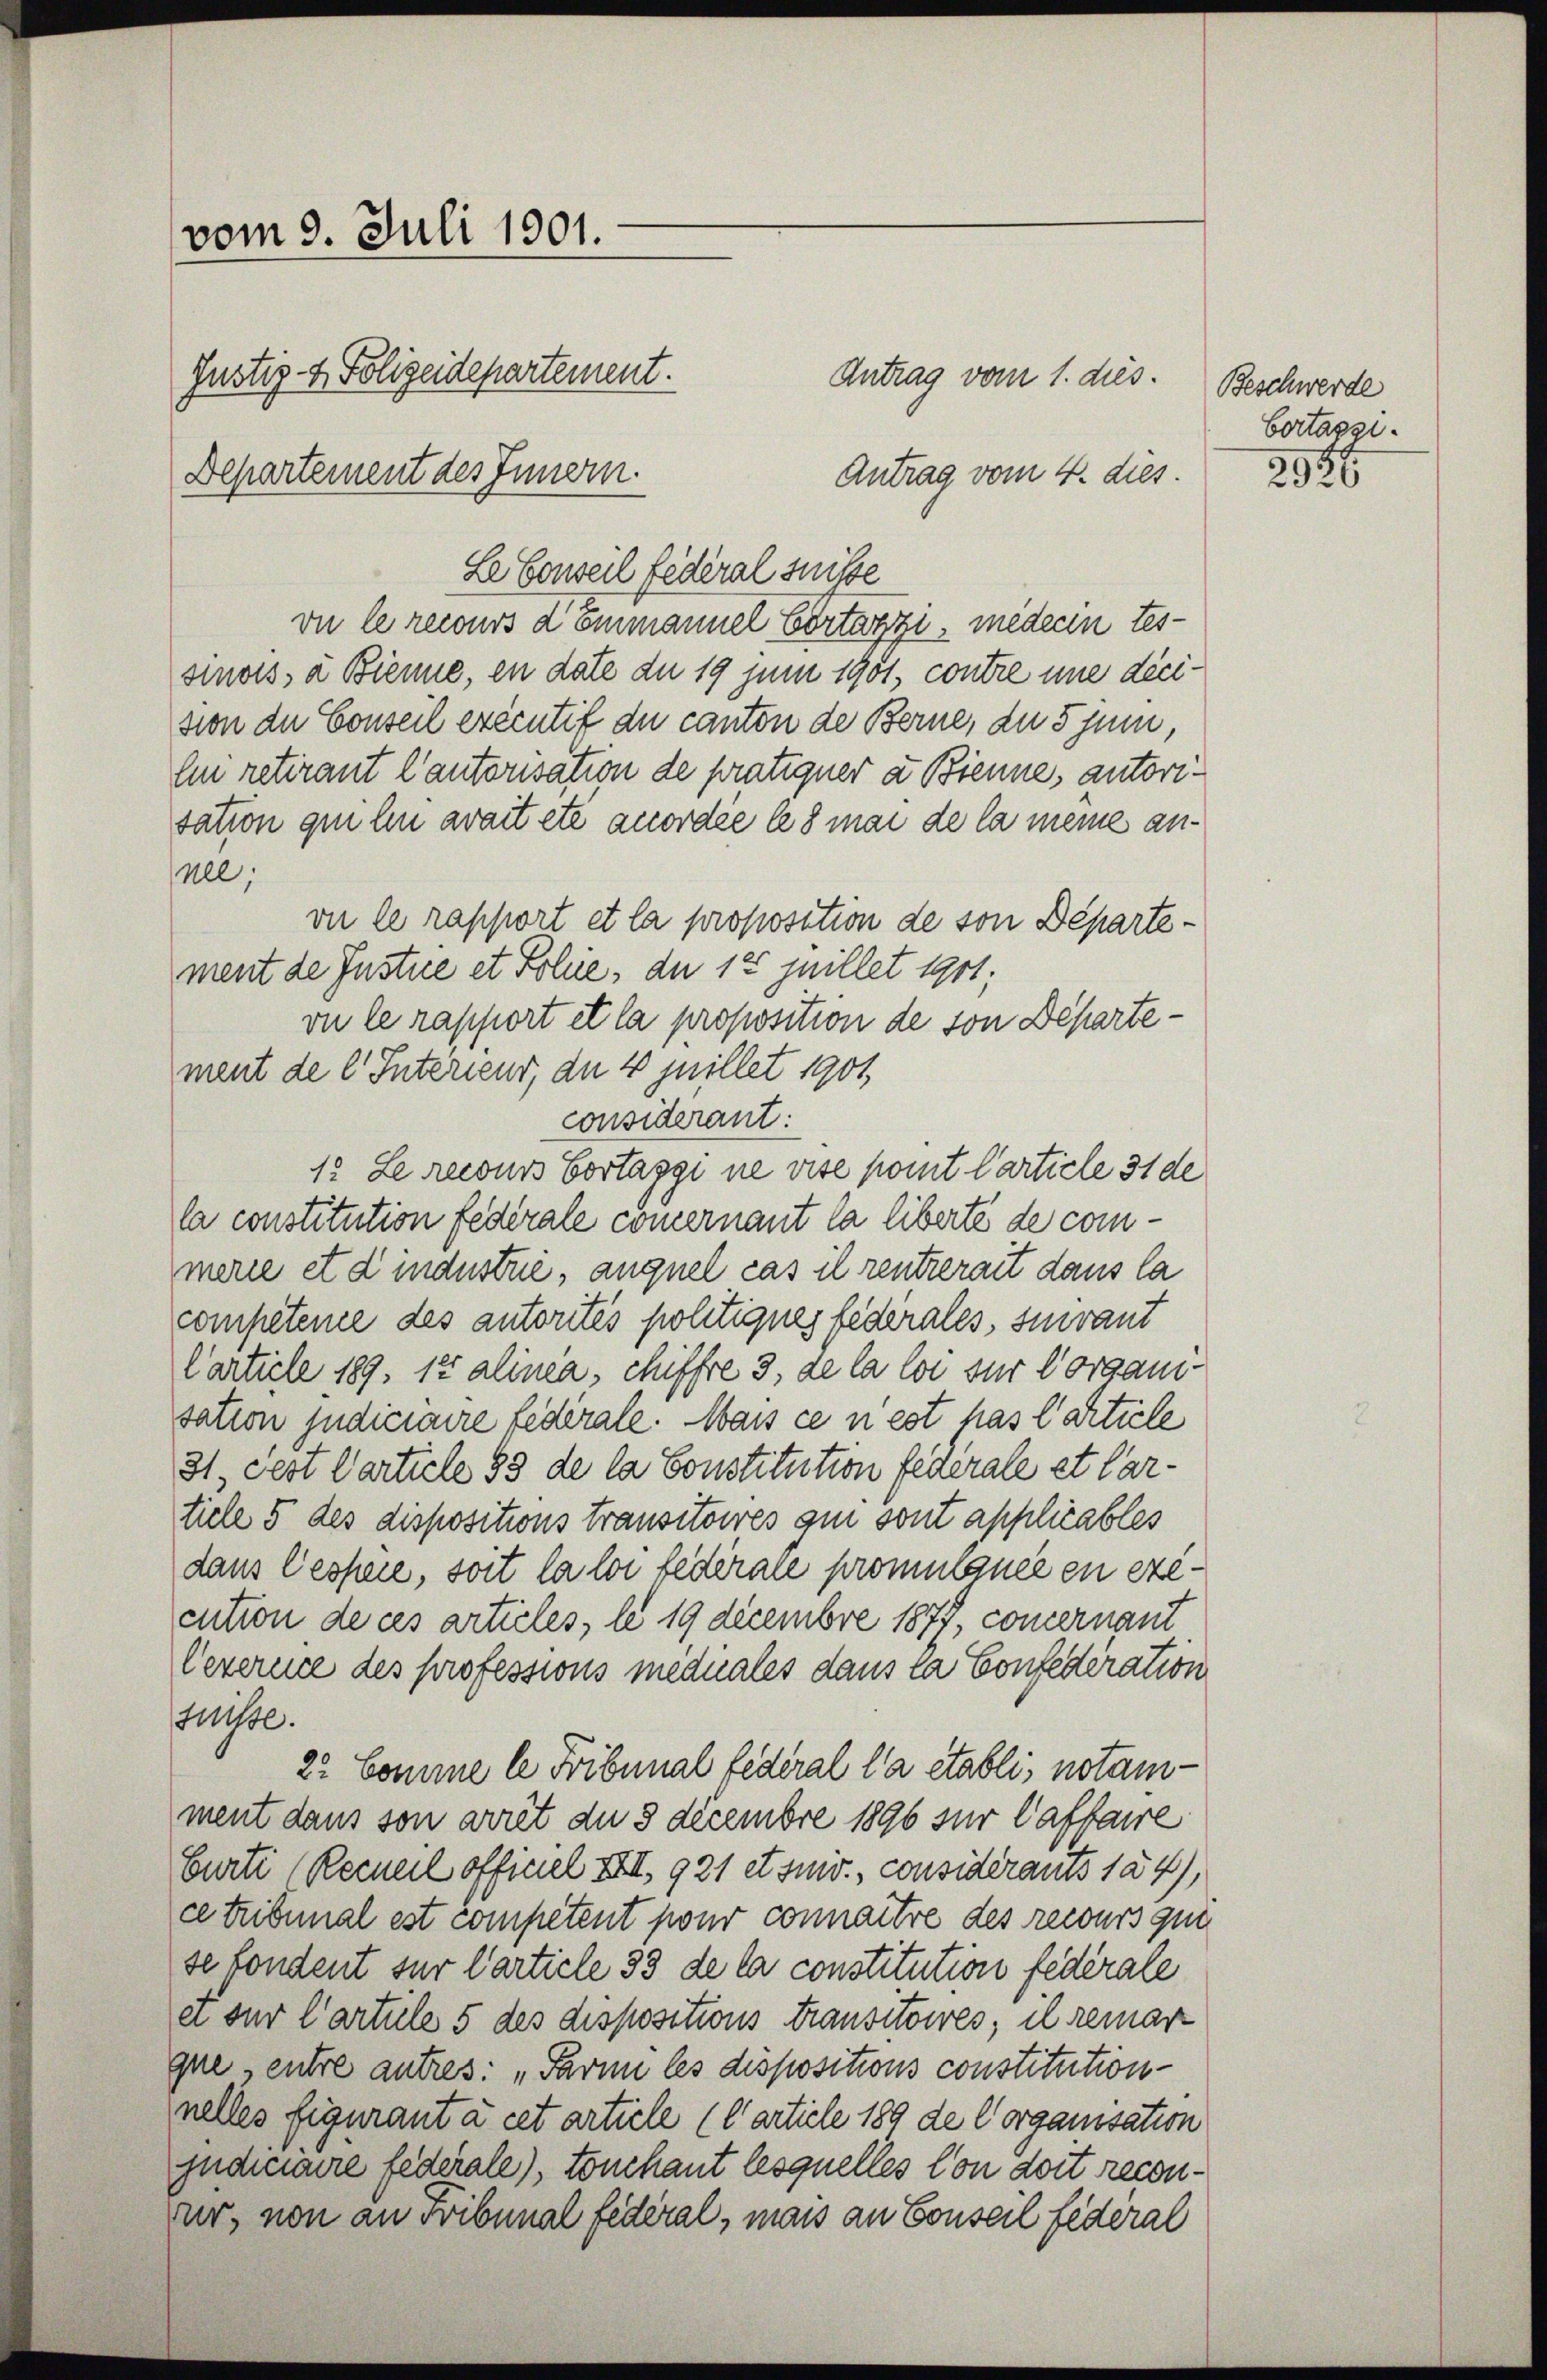
vom 9. Juli 1901.
Justiz- & Polizeidepartement.
Departement des Innern.

Antrag vom 4. dies
Le Conseil fédéral suite
vie le recours dommannel Cortaggi, mederin tessinos a Biene, en date du 19 juni 1901, contre une dicision der Conseil exécutif du canton de Berne, du s juni,
ln retirant l’autorisation de pratiquer a Bienne, autorisation qui lin avait été anordée le 8 mai de la meine annel;
vie le rapport et la proposition de von Departement de Justice et Polie, du 14 Juillet 1911;
vu le rapport et la proposition de von Departement de l. Interieur, da 4 juillet 1901,
considerant.
1. Le recours Cortaggi ne vise komt Carticle 31 de
la constitution federale commernant la liberte de commere et d industrie, auquel cas il rentrerait dans la
competene des autorités politiques federales, sivant
Carticle 189. 12 alinea, chiffre 3, de la loi für Vorganisation judiciaire fédérale. Mais ce nest has l’article
31. Fest Carticle 99 de la Constitution federale et Cartiele 5 des dispositions transitoires qui sont applicables
dans Gespeie, soit la loi fédérale promulance en execution de ces articles, le 19 decembre 1877, concernant
Oexerce des professions meduales dans ta Confederation
süsse.
22 Comme le Fribunal Federal la etablis notamment dans son arret du 3 decembre 1896 für Caffaire
Curti (Reckerl officiel XIII. 921 et suiv., considérants 124),
cetribunal est competent pour connaître des recours qui
se londent für Carticle 33 de la constitution federale
ei sur Cartule 5 des dispositions transitoires, il remar
gue, entre autres: „Parmi les dispositions constitutions-
nelles figurant à cet article (article 189 de Corganisation
judiciaire federale), touchaut lesquelles Con dort reconur, non an Fribunal fédéral, mais an Conseil fédéral

Antrag vom 1. dies. Beschwerde

Cortassi.

2956.